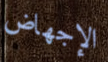
الإجهاض